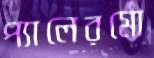
প্যালেরমো